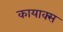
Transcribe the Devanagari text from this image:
कायाक्स